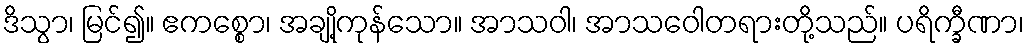
ဒိသွာ၊ မြင်၍။ ဧကစ္စော၊ အချို့ကုန်သော။ အာသဝါ၊ အာသဝေါတရားတို့သည်။ ပရိက္ခီဏာ၊